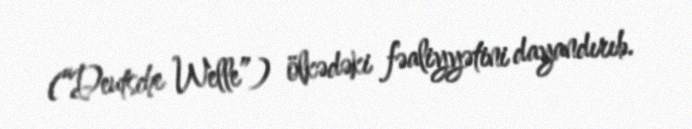
(“Deutsche Welle”) ölkədəki fəaliyyətini dayandırıb.